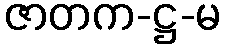
ဇာတက-ဋ္ဌ-မ